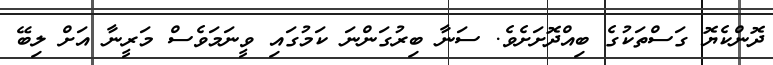
ދޮންކެޔޮ ގަސްތަކުގެ ބިއްދޮށަށެވެ. ސަނާ ބިރުގަންނަ ކަމުގައި ވީނަމަވެސް މަރީނާ އަށް ލިބޭ